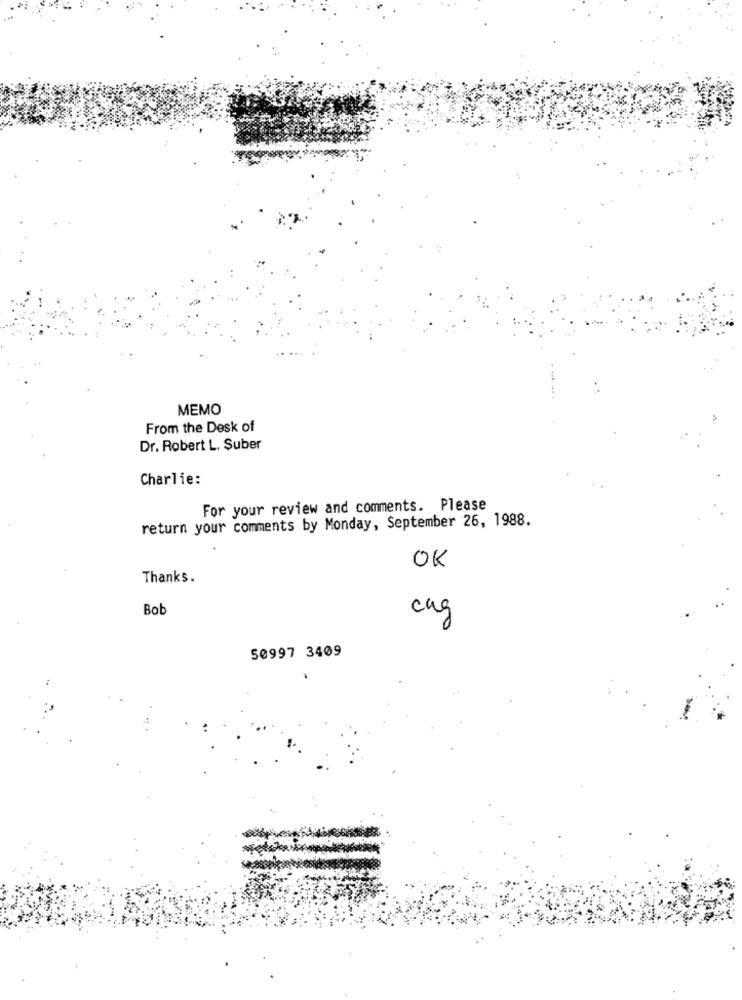
MEMO
From the Desk of
Dr. Robert L. Şuber
Charlie:
For your review and comments. Please
return your comments by Monday, September 26, 1988.
OK
Thanks.
Bob
cag
50997 3409